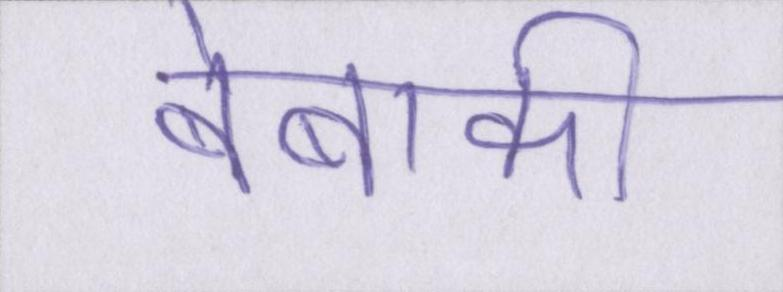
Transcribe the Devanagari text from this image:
बेबाकी